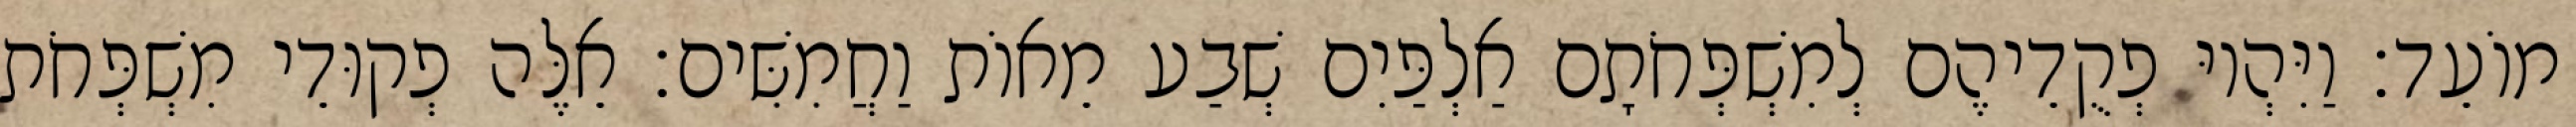
מוֹעֵד׃ וַיִּהְיוּ פְקֻדֵיהֶם לְמִשְׁפְּחֹתָם אַלְפַּיִם שְׁבַע מֵאוֹת וַחֲמִשִּׁים׃ אֵלֶּה פְקוּדֵי מִשְׁפְּחֹת